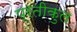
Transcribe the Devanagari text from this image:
प्रतीकुल